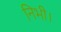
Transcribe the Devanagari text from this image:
निभी।